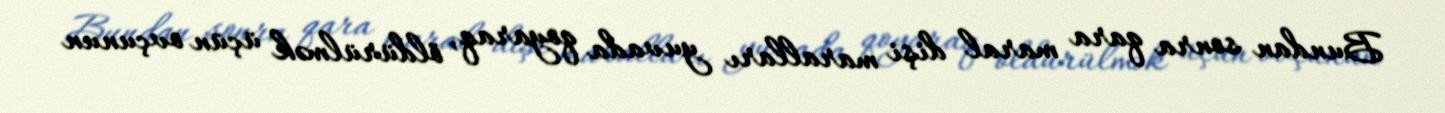
Bundan sonra qara maral dişi maralları yuvada qoyaraq, öldürülmək üçün ovçunun